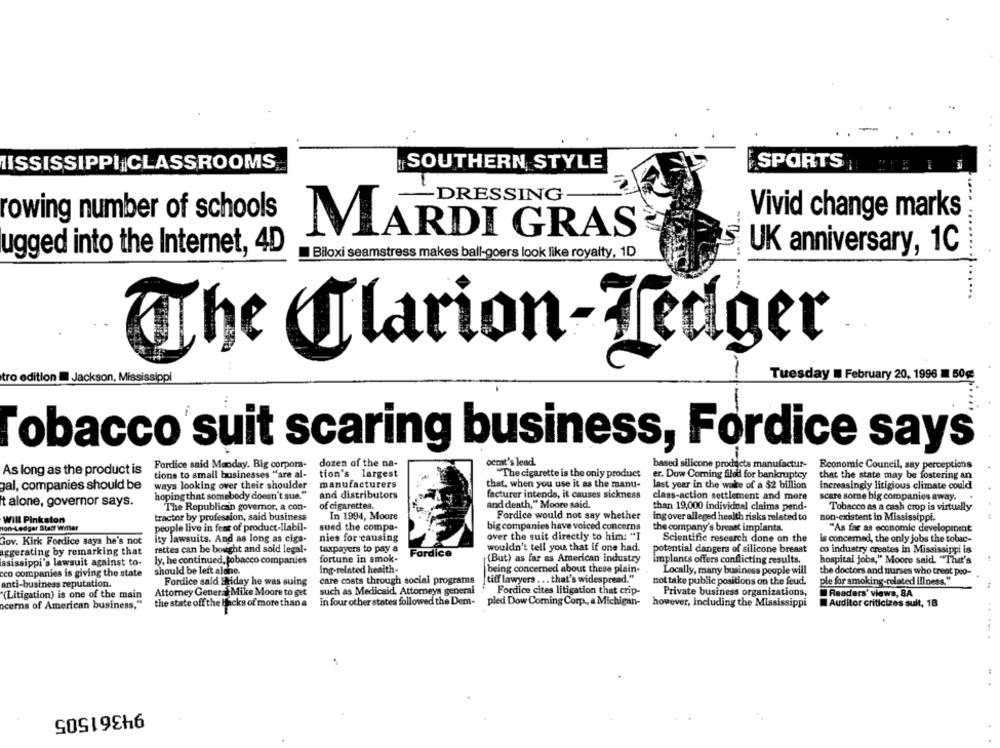
MISSISSIPPI|CLASSROOMS
SPORTS
SOUTHERN STYLE
DRESSING
rowing number of schools
Vivid change marks
.... .....
MARDI GRAS
ugged into the Internet, 4D
Biloxi seamstress makes ball-goers look like royalty, 1D
UK anniversary, 1C
...
WThe Jlarion-Tedger
tro edition Jackson, Mississippi
Tuesday # February 20, 1996 M 50g:
Tobacco suit scaring business, Fordice says
Fordice said Monday. Big corpora- dozen of the na-
ocrat's lead.
based silicone products manufactur-
As long as the product is
dozen of the na-
Economic Council, say perceptions
tions to small businesses "are al-
tion's largest
"The cigarette is the only product
er. Dow Coming filetl for bankruptcy
that the state may be fostering an
gal, companies should be
ways looking over their shoulder
manufacturers
that, when you use it as the manu-
last year in the wake of a $2 billion
increasingly litigious climate could
and distributors
facturer intends, it causes sickness
it alone, governor says.
hoping that somebody doesn't sue."
class-action settlement and more
scare some big companies away.
The Republican governor, a con-
of cigarettes.
and death," Moore said,
than 19,000 individinal claims pend-
Tobacco as a cash crop is virtually
tractor by profession, said business
In 1994, Moore
Fordice would not say whether
ingover alleged health risks related to
non-existent in Mississippi.
Will Pinkston
ion-Ledger Statt Wrller
people live in fear of product-liabil-
sued the compa-
bigcompanies have voiced concerns
the company's breast implants.
"As far as economic development
ity lawsuits. And as long as ciga-
nies for causing
over the suit directly to him: "I
Scientific research done on the
is concerned, the only jobs the tobac-
Gov. Kirk Fordice says he's not
wouldn't tell you that if one had.
aggerating by remarking that
rettes can be bought and soid legal-
taxpayers to pay a
Fordice
potential dangers of silicone breast
co industry creates in Mississippi is
lasissippi's lawsuit against to-
ly, he continued, tobacco companies
fortune in smok-
(But) as far as American industry
Implants offers conflicting results,
hospital jobs," Moore said. "That's
ing-related health-
being concerned about these plain-
cco companies is giving the state
should be left alone.
Locally, many business people will
the doctors and nurses who treat poo-
anti-business reputation.
Fordice said Beiday he was suing
care costs through social programs
tiff lawyers ... that's widespread."
not take public positions on the feud.
ple for smoking-related illness."
Attorney General Mike Moore to get
such as Medicaid. Attorneys general
Fordice cites litigation that crip-
Private business organizations,
"(Litigation) is one of the main
Readers' views, SA
acerns of American business,"
the state off the Hacks of more than a
in four other states followed the Dem-
pled Dow Coming Corp ., a Michigan-
however, including the Mississippi
Auditor criticizes suit, 18
94361505